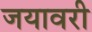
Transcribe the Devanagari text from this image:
जयावरी